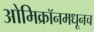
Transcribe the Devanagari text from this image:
ओमिक्रॉनमधूनच